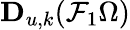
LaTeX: \mathbf{D}_{u,k}(\mathcal{F}_{1}\Omega)